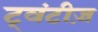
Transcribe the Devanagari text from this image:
ट्वंटीज़